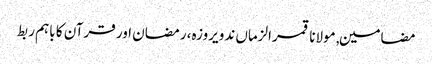
مضامین, مولانا قمرالزماں ندویروزہ، رمضان اور قرآن کا باہم ربط